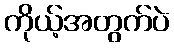
ကိုယ့်အတွက်ပဲ